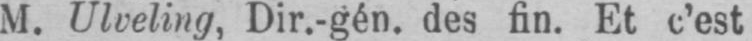
M. Ulveling, Dir.-gén. des fin. Et c’est